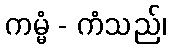
ကမ္မံ - ကံသည်၊